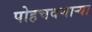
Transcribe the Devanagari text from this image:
पोहचवणाऱ्या